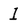
Character: 1